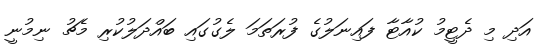
އަދި މި ދެޓީމު ކުއާޓާ ފައިނަލުގެ ފުރަތަމަ ލެގުގައި ބައްދަލުކުރި މެޗު ނިމުނީ